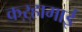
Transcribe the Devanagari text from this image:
कऱ्हामाई